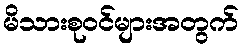
မိသားစုဝင်များအတွက်